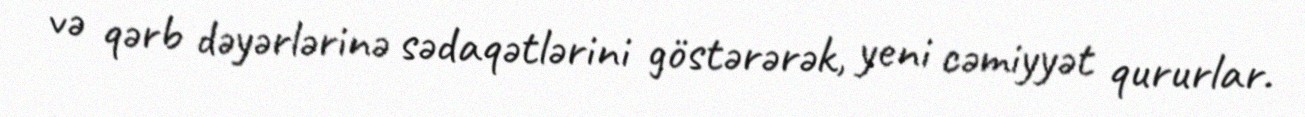
və qərb dəyərlərinə sədaqətlərini göstərərək, yeni cəmiyyət qururlar.